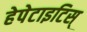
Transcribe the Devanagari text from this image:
हेपेटाइटिस्